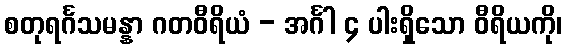
စတုရင်္ဂသမန္နာ ဂတဝီရိယံ - အင်္ဂါ ၄ ပါးရှိသော ဝီရိယကို၊